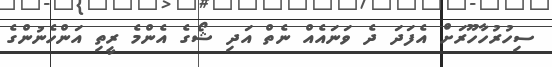
ސިހުރުހާހޫރަށް އެފަދަ ދެ ވަނައެއް ނެތް އަދި ޝޯގެ އެންމެ ރީތި އަންހެނުންގެ